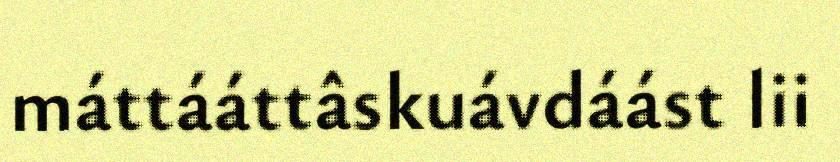
máttááttâskuávdáást lii